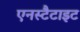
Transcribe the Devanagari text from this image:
एनस्टैटाइट